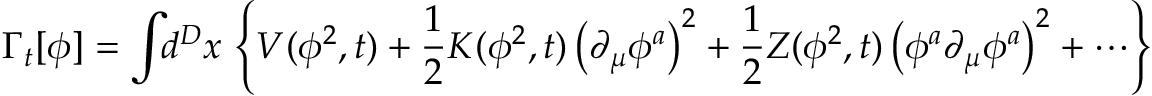
\Gamma _ { t } [ \phi ] = \int \! \! d ^ { D } x \, \left\{ V ( \phi ^ { 2 } , t ) + \frac { 1 } { 2 } K ( \phi ^ { 2 } , t ) \left( \partial _ { \mu } \phi ^ { a } \right) ^ { 2 } + \frac { 1 } { 2 } Z ( \phi ^ { 2 } , t ) \left( \phi ^ { a } \partial _ { \mu } \phi ^ { a } \right) ^ { 2 } + \cdots \right\}